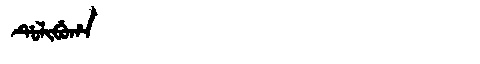
Manchu: ᡩᡠᠯᡳᠪᡠᡥᠠ
Romanization: DULIBUHA